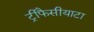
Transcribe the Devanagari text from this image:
ट्रीफैसीयाटा